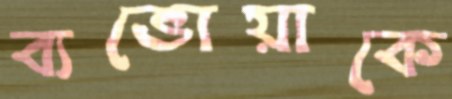
ব্যভোয়াকে